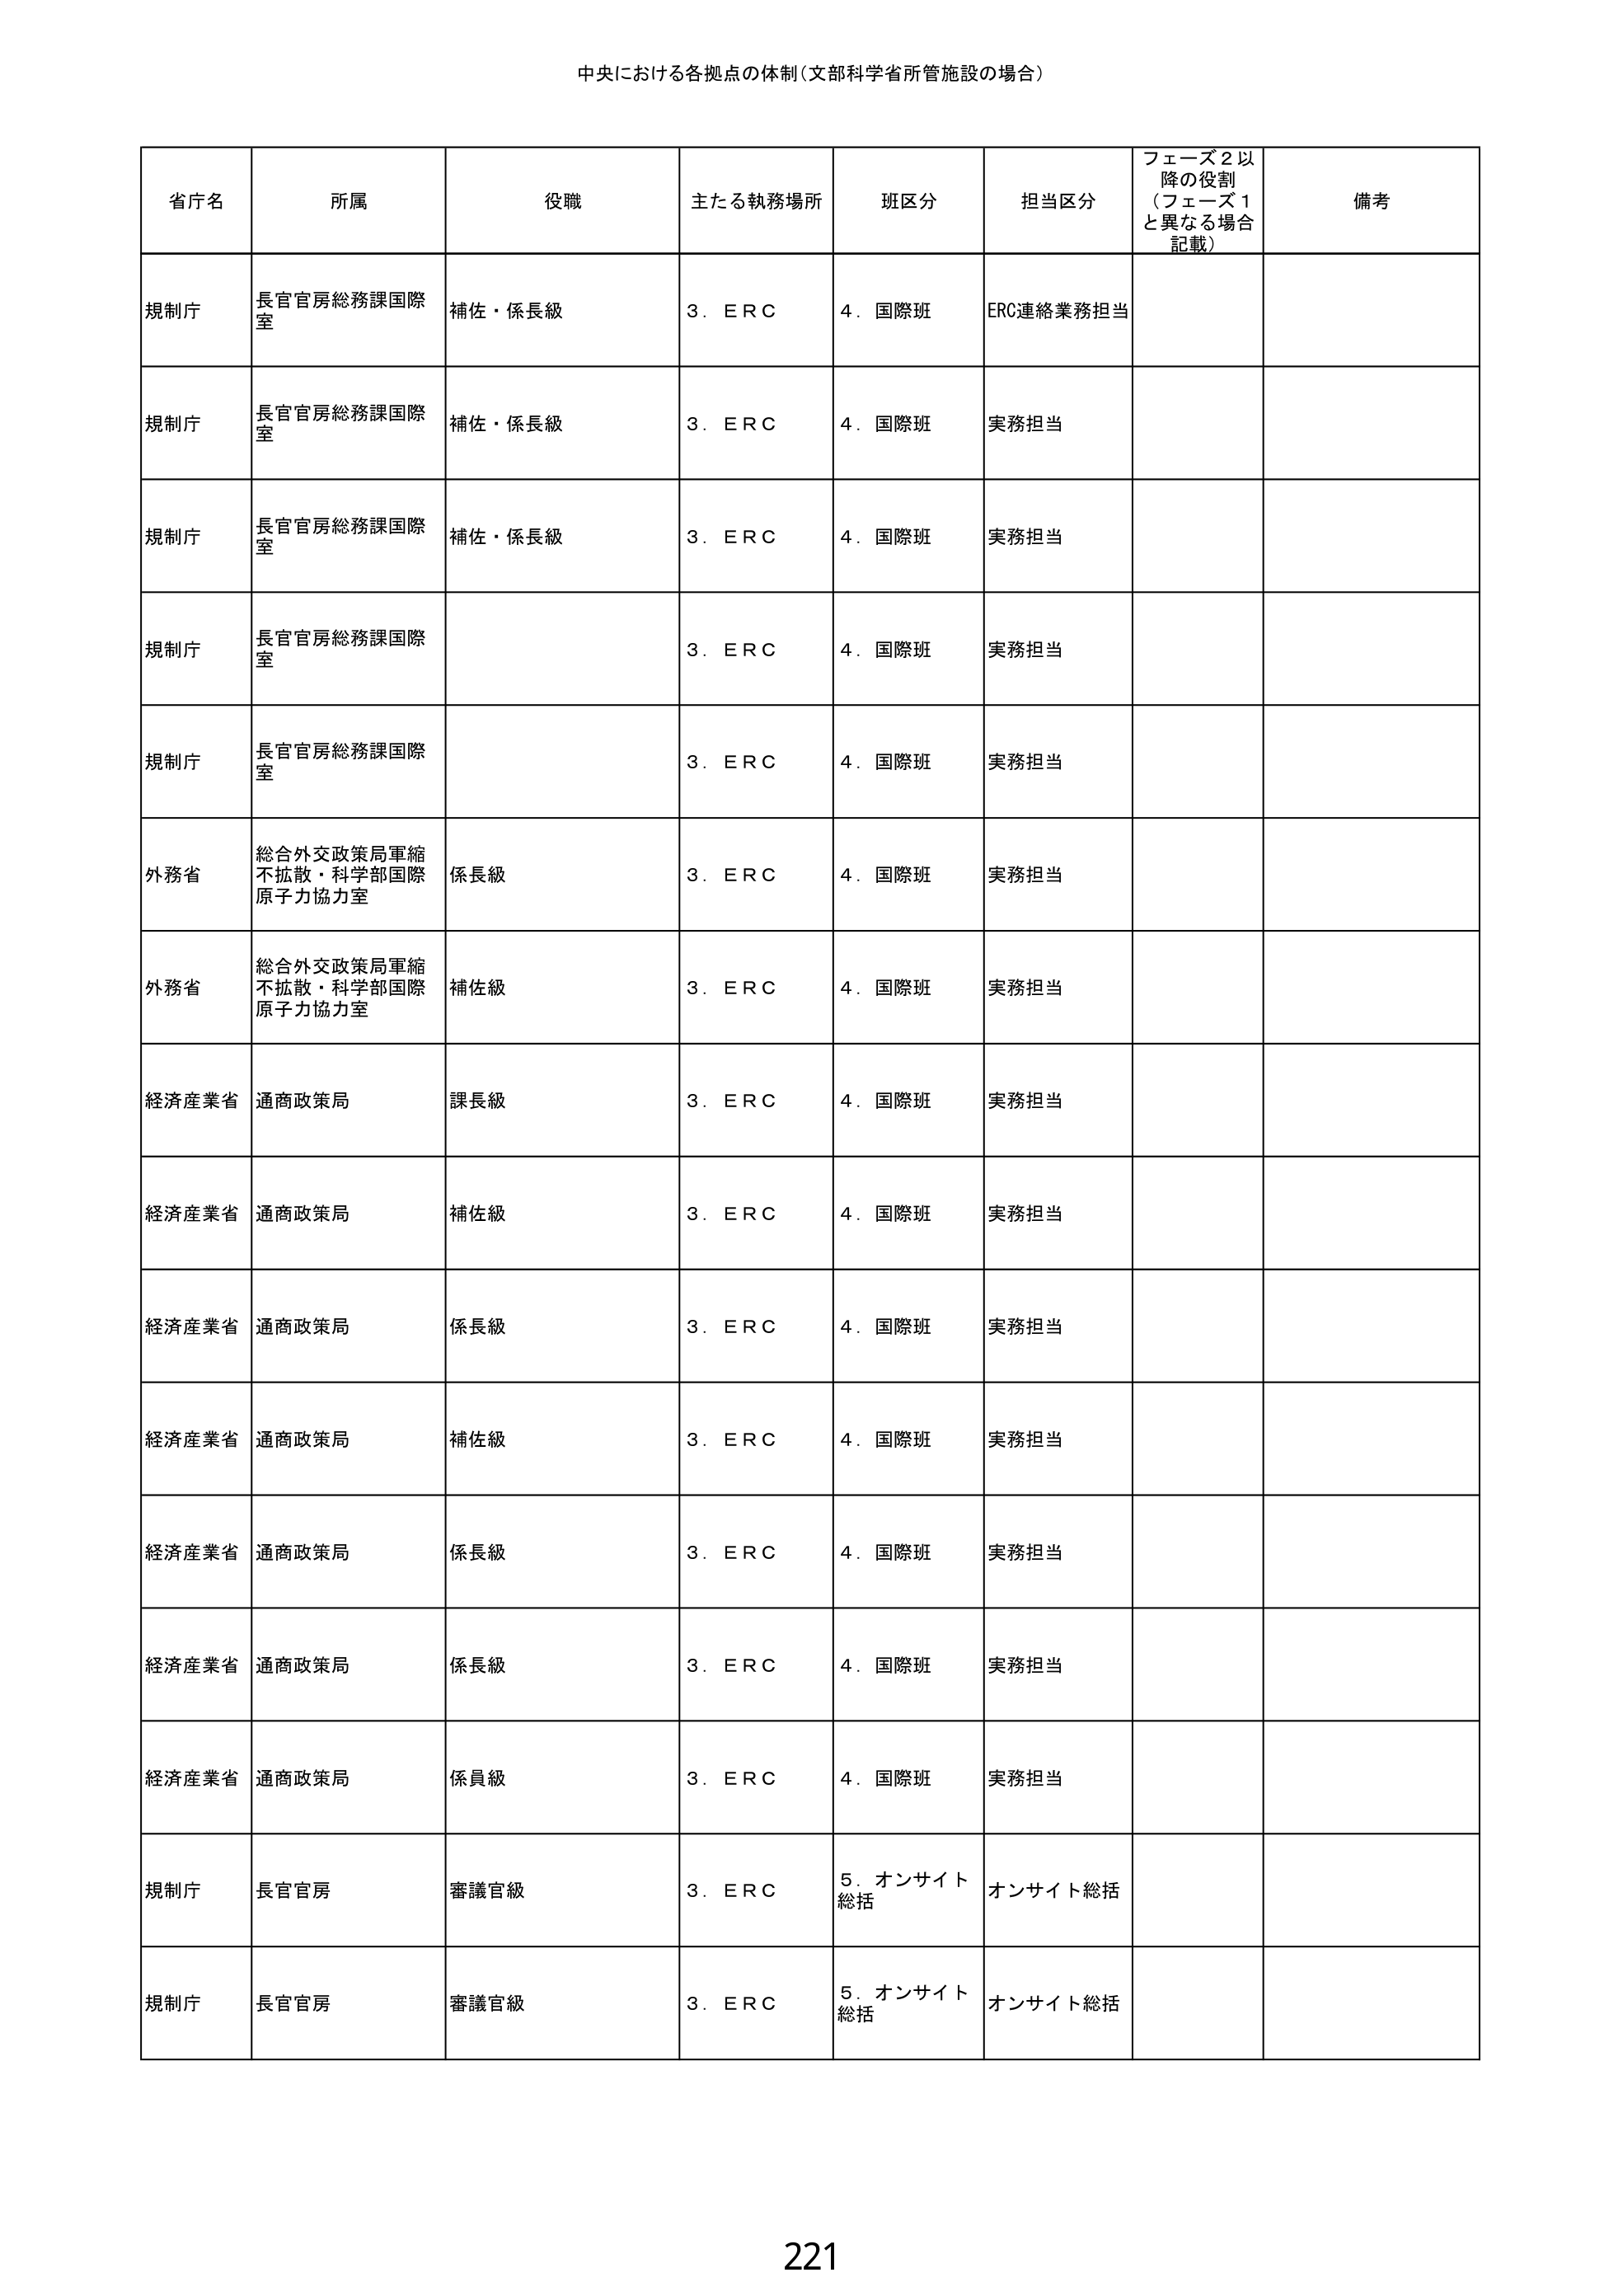
中央における各拠点の体制（文部科学省所管施設の場合）

省庁名	所属	役職	主たる執務場所	班区分	担当区分	フェーズ2以降の役割（フェーズ1と異なる場合記載）	備考
規制庁	長官官房総務課国際室	補佐・係長級	3．ＥＲＣ	4．国際班	ERC連絡業務担当
規制庁	長官官房総務課国際室	補佐・係長級	3．ＥＲＣ	4．国際班	実務担当
規制庁	長官官房総務課国際室	補佐・係長級	3．ＥＲＣ	4．国際班	実務担当
規制庁	長官官房総務課国際室			3．ＥＲＣ	4．国際班	実務担当
規制庁	長官官房総務課国際室			3．ＥＲＣ	4．国際班	実務担当
外務省	総合外交政策局軍縮不拡散・科学部国際原子力協力室	係長級	3．ＥＲＣ	4．国際班	実務担当
外務省	総合外交政策局軍縮不拡散・科学部国際原子力協力室	補佐級	3．ＥＲＣ	4．国際班	実務担当
経済産業省	通商政策局	課長級	3．ＥＲＣ	4．国際班	実務担当
経済産業省	通商政策局	補佐級	3．ＥＲＣ	4．国際班	実務担当
経済産業省	通商政策局	係長級	3．ＥＲＣ	4．国際班	実務担当
経済産業省	通商政策局	補佐級	3．ＥＲＣ	4．国際班	実務担当
経済産業省	通商政策局	係長級	3．ＥＲＣ	4．国際班	実務担当
経済産業省	通商政策局	係長級	3．ＥＲＣ	4．国際班	実務担当
経済産業省	通商政策局	係員級	3．ＥＲＣ	4．国際班	実務担当
規制庁	長官官房	審議官級	3．ＥＲＣ	5．オンサイト総括	オンサイト総括
規制庁	長官官房	審議官級	3．ＥＲＣ	5．オンサイト総括	オンサイト総括

221